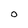
Character: O